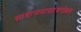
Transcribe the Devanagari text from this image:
सामाजवाद्यांवरोबर